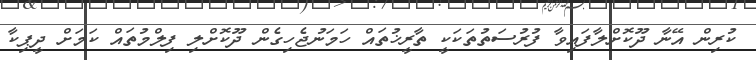
ކުރިން އޭނާ ދޫކޮށްލާފައިވާ ފުރުސަތުތަކަކީ ތާރީޚުތައް ހަމަނުޖެހިގެން ދޫކޮށްލި ފިލްމުތައް ކަމަށް ދީޕިކާ